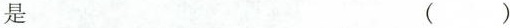
是（）